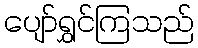
ပျော်ရွှင်ကြသည်